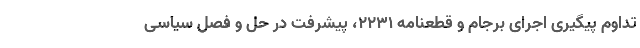
تداوم پیگیری اجرای برجام و قطعنامه ۲۲۳۱، پیشرفت در حل و فصل سیاسی